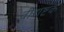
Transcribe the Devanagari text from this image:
वीराष्टक